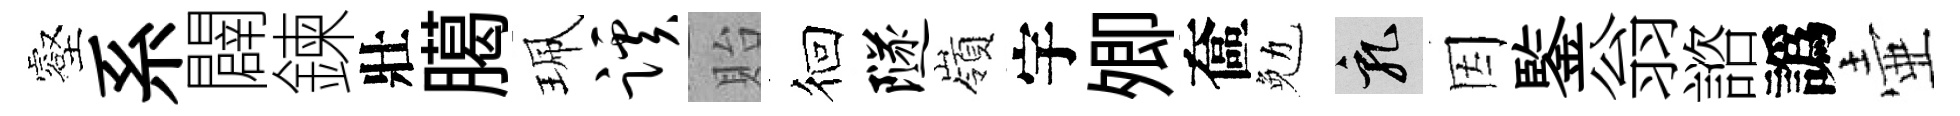
壑系闢鍊壯臈珮蹊貽徊隧嶺宇𡖖奩勉乳因鍳翁諮譌壷